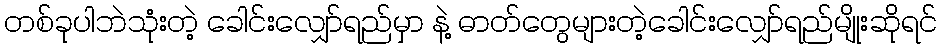
တစ်ခုပါဘဲသုံးတဲ့ ခေါင်းလျှော်ရည်မှာ နဲ့ ဓာတ်တွေများတဲ့ခေါင်းလျှော်ရည်မျိုးဆိုရင်